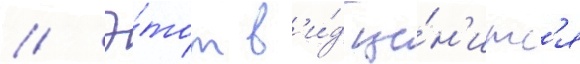
// Э́тот в'и́д це́н'итс'я